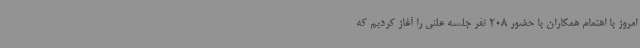
امروز با اهتمام همکاران با حضور 208 نفر جلسه علنی را آغاز کردیم که